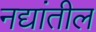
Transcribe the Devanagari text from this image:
नद्यांतील